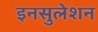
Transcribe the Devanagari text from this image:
इनसुलेशन